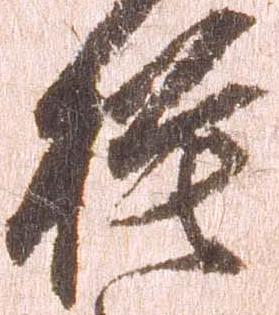
模